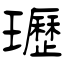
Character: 瓑